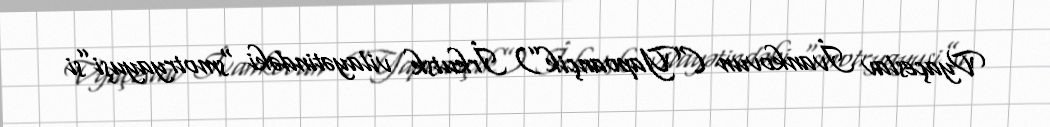
Vyaçeslav İvankovun (“Yapoançik”) İrkutsk vilayətindəki “smotryayuşi”si